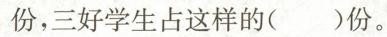
份，三好学生占这样的( )份